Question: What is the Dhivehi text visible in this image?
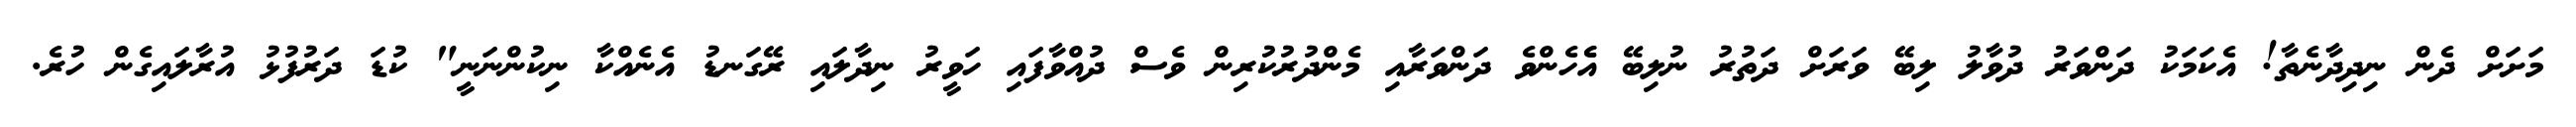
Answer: މަށަށް ދެން ނިދިދާނެތާ! އެކަމަކު ދަންވަރު ދުވާލު ލިބޭ ވަރަށް ދަތުރު ނުލިބޭ އެެހެންވެ ދަންވަރާއި މެންދުރުކުރިން ވެސް ދުއްވާފައި ހަވީރު ނިދާލައި ރޭގަނޑު އެނެއްކާ ނިކުންނަނީ" ކުޑަ ދަރުފުޅު އުރާލައިގެން ހުރެ.